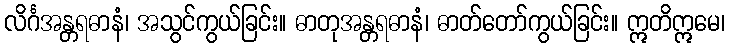
လိင်္ဂအန္တရဓာနံ၊ အသွင်ကွယ်ခြင်း။ ဓာတုအန္တရဓာနံ၊ ဓာတ်တော်ကွယ်ခြင်း။ ဣတိဣမေ၊